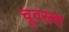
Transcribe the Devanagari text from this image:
चूवस्त्वा